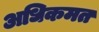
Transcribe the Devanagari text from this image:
अधिकमत